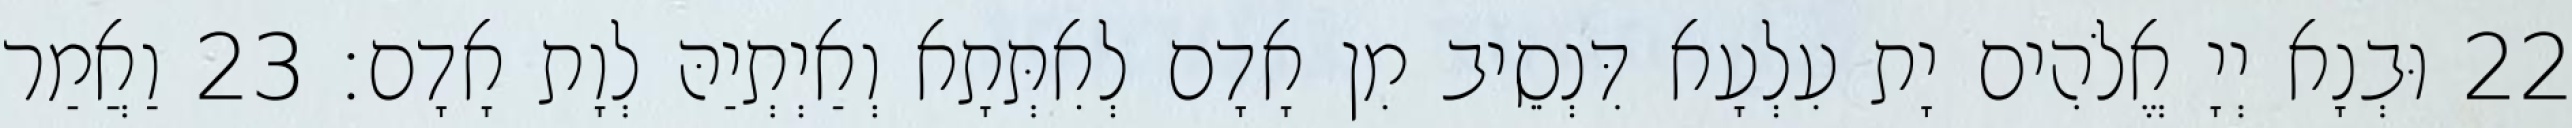
22 וּבְנָא יְיָ אֱלֹהִים יָת עִלְעָא דִּנְסֵיב מִן אָדָם לְאִתְּתָא וְאַיְתְיַהּ לְוָת אָדָם׃ 23 וַאֲמַר